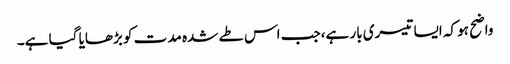
واضح ہو کہ ایسا تیسری بار ہے،جب اس طے شدہ مدت کو بڑھایا گیا ہے۔